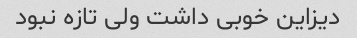
دیزاین خوبی داشت ولی تازه نبود